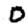
Digit: 0